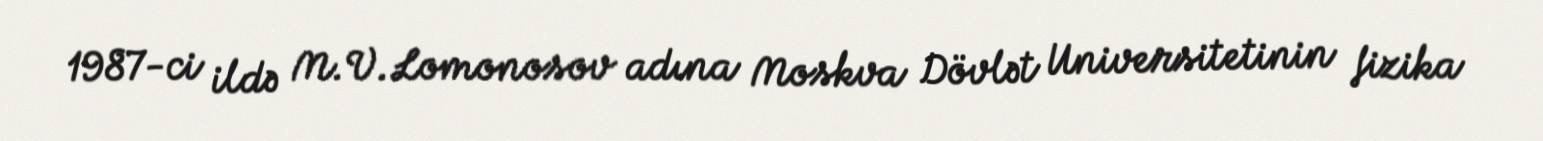
1987-ci ildə M.V.Lomonosov adına Moskva Dövlət Universitetinin fizika